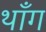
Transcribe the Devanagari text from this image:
थाँग